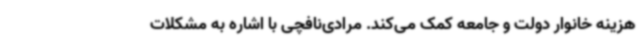
هزینه خانوار دولت و جامعه کمک می‌کند. مرادی‌نافچی با اشاره به مشکلات